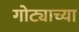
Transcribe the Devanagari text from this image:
गोट्याच्या